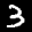
Label: 3